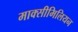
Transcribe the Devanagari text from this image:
माक्सीमिलियन